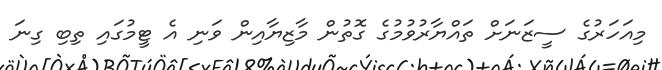
މިއަހަރުގެ ސީޒަނަށް ތައްޔާރުވުމުގެ ގޮތުން މާޒިޔާއިން ވަނި އެ ޓީމުގައި ތިބި ގިނަ